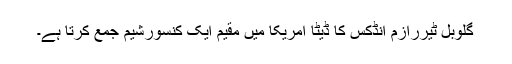
گلوبل ٹیررازم انڈکس کا ڈیٹا امریکا میں مقیم ایک کنسورشیم جمع کرتا ہے۔